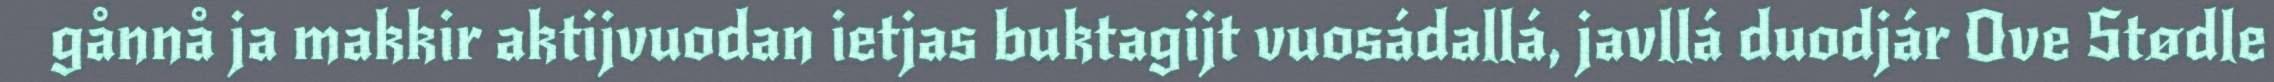
gånnå ja makkir aktijvuodan ietjas buktagijt vuosádallá, javllá duodjár Ove Stødle